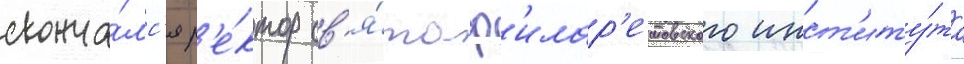
сконча́лс'я р'е́ктор св'я́то-ф'илар'етовского инст'иту́та